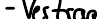
- Vertrag